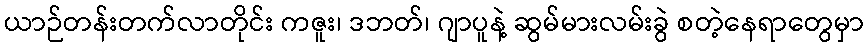
ယာဉ်တန်းတက်လာတိုင်း ကဇူး၊ ဒဘတ်၊ ဂျာပူနဲ့ ဆွမ်မားလမ်းခွဲ စတဲ့နေရာတွေမှာ